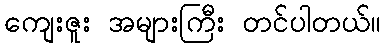
ကျေးဇူး အများကြီး တင်ပါတယ်။